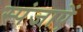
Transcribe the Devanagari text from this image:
स्पंजाऐं